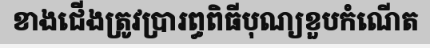
ខាងជើងត្រូវប្រារព្ធពិធីបុណ្យខួបកំណើត